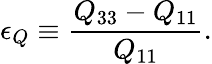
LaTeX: \epsilon_{Q}\equiv\frac{Q_{33}-Q_{11}}{Q_{11}}.